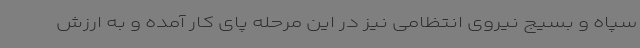
سپاه و بسیج نیروی انتظامی نیز در این مرحله پای کار آمده و به ارزش